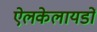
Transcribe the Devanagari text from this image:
ऐलकेलायडों